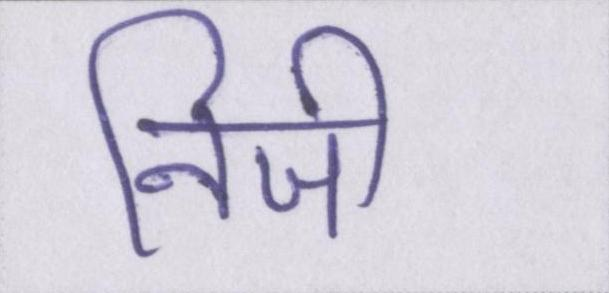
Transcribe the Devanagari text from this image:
निजी